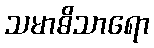
သမာဓိသာရော